Scottish Education Department, 1929
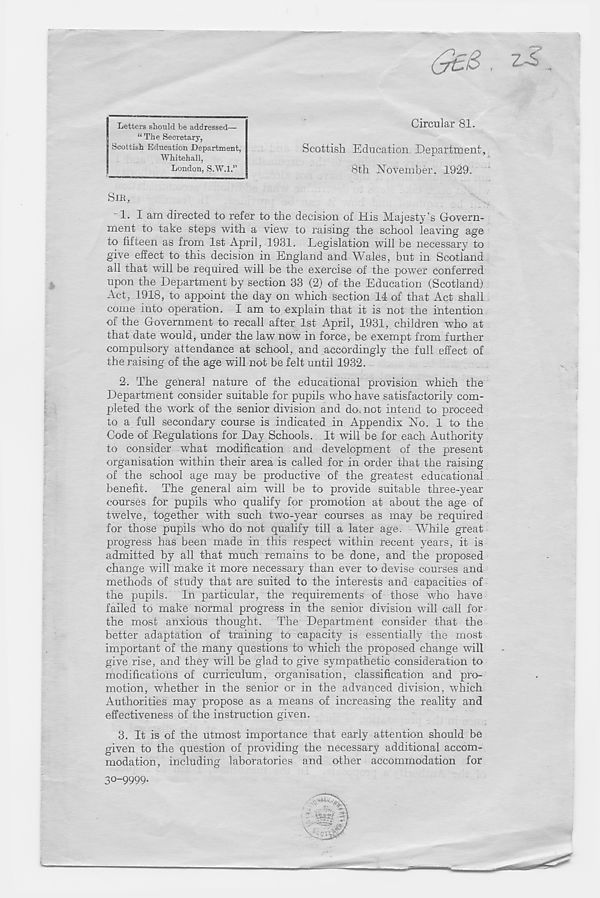
(y€>& ,
Circular 81.
Scottish Education Department,
8th November. 1929.
SIR,
1. I am directed to refer to the decision of His Majesty’s Govern-
ment to take steps with a view to raising the school leaving age
to fifteen as from 1st April, 1931. Legislation will be necessary to
give effect to this decision in England and Wales, but in Scotland
all that will be required will be the exercise of the power conferred
upon the Department by section 33 (2) of the Education (Scotland)
Act, 1918, to appoint the day on which section 14 of that Act shall
come into operation. I am to explain that it is not the intention
of the Government to recall after 1st April, 1931, children who at
that date would, under the law now in force, be exempt from further
compulsory attendance at school, and accordingly the full effect of
the raising of the age will not be felt until 1932.
2. The general nature of the educational provision which the
Department consider suitable for pupils who have satisfactorily com-
pleted the w r ork of the senior division and do. not intend to proceed
to a full secondary course is indicated in Appendix No. 1 to the
Code of Regulations for Day Schools. It will be for each Authority
to consider what modification and development of the present
organisation within their area is called for in order that the raising
of the school age may be productive of the greatest educational
benefit. The general aim will be to provide suitable three-year
courses for pupils who qualify for promotion at about the age of
twelve, together with such two-year courses as may be required
for those pupils who do not qualify till a later age. While great
progress has been made in this respect within recent years, it is
admitted by all that much remains to be done, and the proposed
change will make it more necessary than ever to devise courses and
methods of study that are suited to the interests and capacities of
the pupils. In particular, the requirements of those who have
failed to make normal progress in the senior division will call for
the most anxious thought. The Department consider that the
better adaptation of training to capacity is essentially the most
important of the many questions to which the proposed change will
give rise, and they will be glad to give sympathetic consideration to
modifications of curriculum, organisation, classification and pro-
motion, whether in the senior or in the advanced division, which
Authorities may propose as a means of increasing the reality and
effectiveness of the instruction given.
3. It is of the utmost importance that early attention should be
given to the question of providing the necessary additional accom-
modation, including laboratories and other accommodation for
30-9999.
Letters should be addressed—
“ The Secretary,
Scottish Education Department,
Whitehall,
London, S.W.l.”